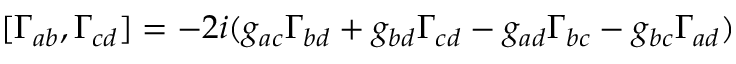
[ \Gamma _ { a b } , \Gamma _ { c d } ] = - 2 i ( g _ { a c } \Gamma _ { b d } + g _ { b d } \Gamma _ { c d } - g _ { a d } \Gamma _ { b c } - g _ { b c } \Gamma _ { a d } )